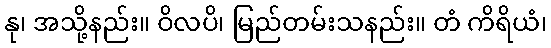
နု၊ အသို့နည်း။ ဝိလပိ၊ မြည်တမ်းသနည်း။ တံ ကိရိယံ၊